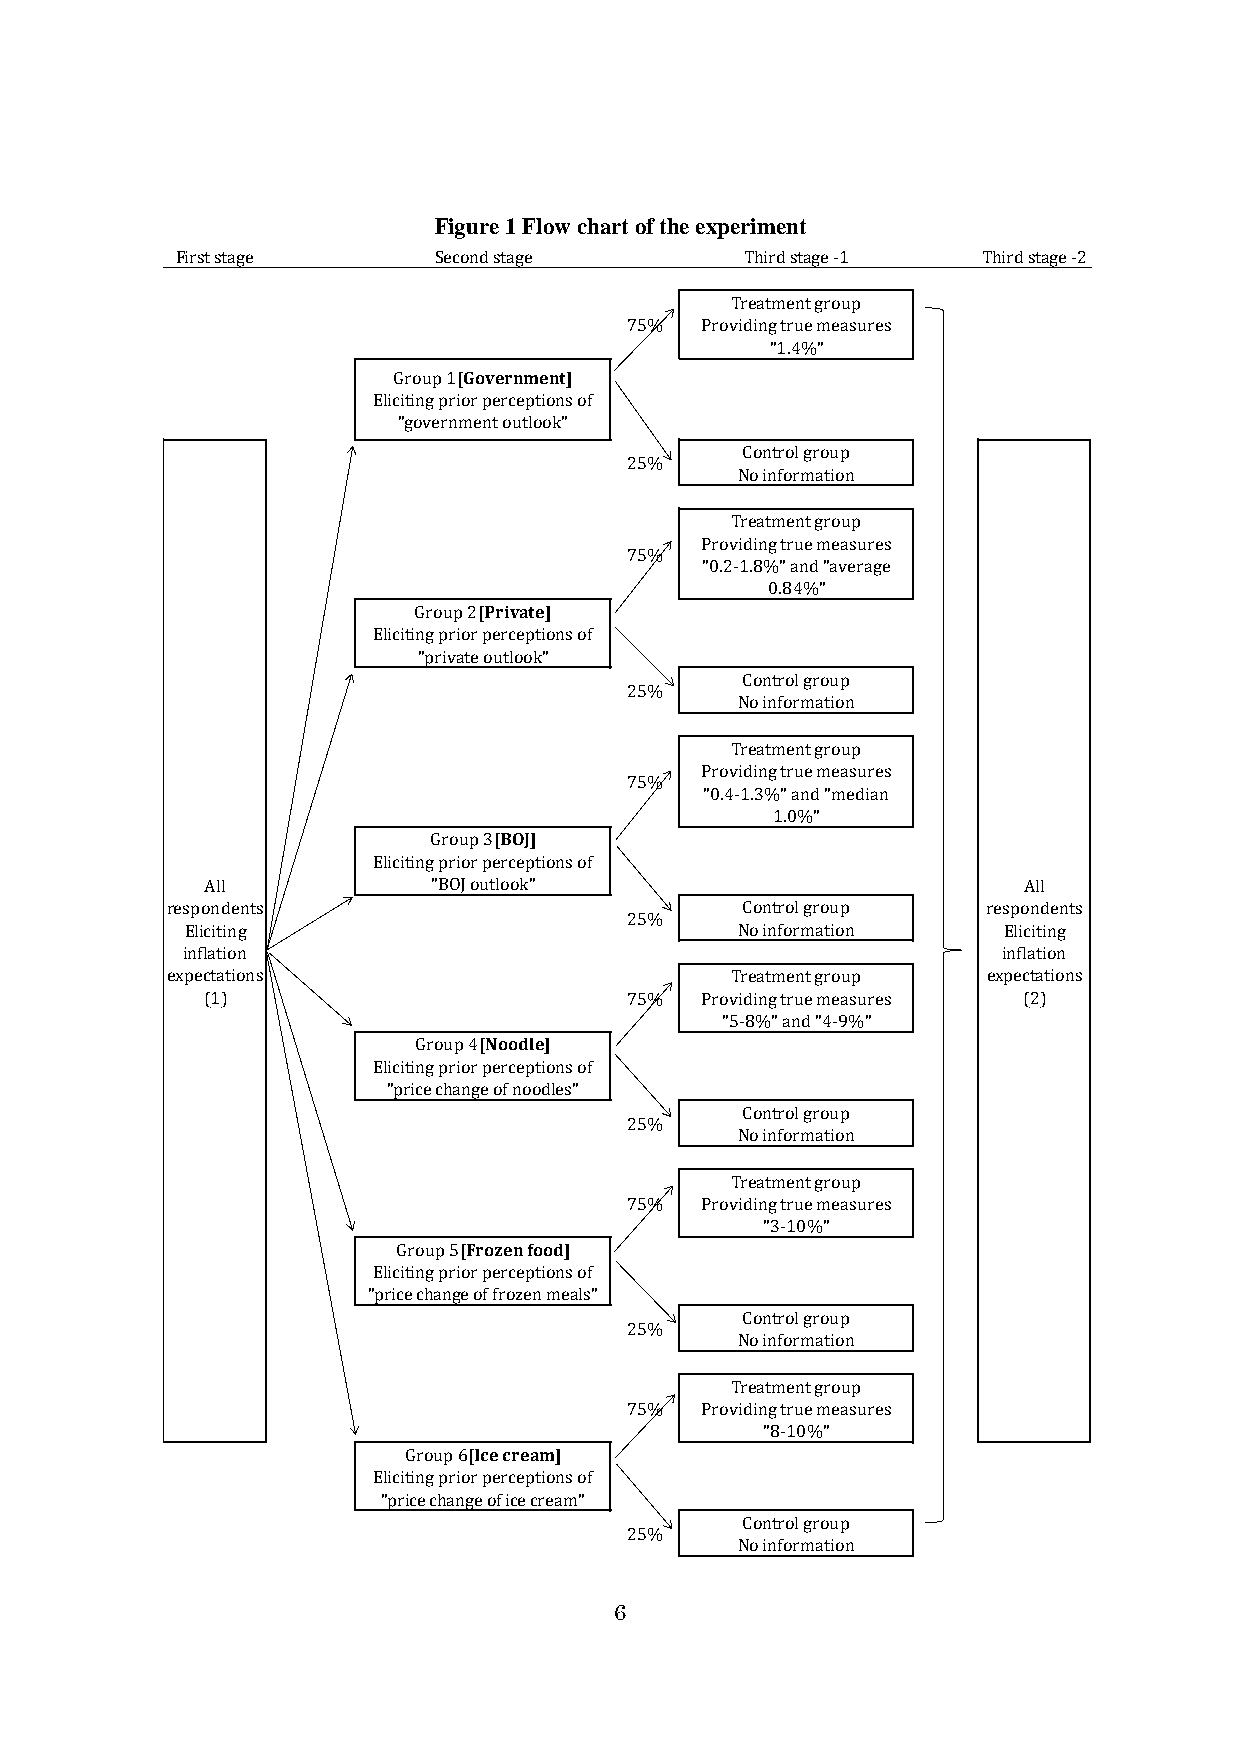
Figure 1 Flow chart of the experiment
 First stage      Second stage        Third stage -1  Third stage -2
 Treatment group
 75%  Providing true measures
 [Government]
 "1.4%"
 Group 1
 Eliciting prior perceptions of
 "government outlook"
 Control group
 25%
 No information
 Treatment group
 Providing true measures
 75%
 "0.2-1.8%" and "average
 [Private]
 0.84%"
 Group 2
 Eliciting prior perceptions of
 "private outlook"
 Control group
 25%
 No information
 Treatment group
 Providing true measures
 75%
 "0.4-1.3%" and "median
 [BOJ]
 1.0%"
 Group 3
 Eliciting prior perceptions of
 All            "BOJ outlook"                          All
 respondents                           Control group   respondents
 25%
 Eliciting                            No information   Eliciting
 inflation                                             inflation
 expectations                         Treatment group  expectations
 (1)                         75%  Providing true measures (2)
 [Noodle]
 "5-8%" and "4-9%"
 Group 4
 Eliciting prior perceptions of
 "price change of noodles"
 Control group
 25%
 No information
 Treatment group
 75%  Providing true measures
 [Frozen food]
 "3-10%"
 Group 5
 Eliciting prior perceptions of
 "price change of frozen meals"
 Control group
 25%
 No information
 Treatment group
 75%  Providing true measures
 [Ice cream]
 "8-10%"
 Group 6
 Eliciting prior perceptions of
 "price change of ice cream"
 Control group
 25%
 No information
 6